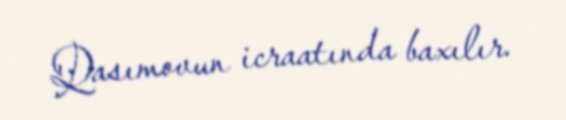
Qasımovun icraatında baxılır.